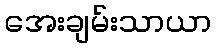
အေးချမ်းသာယာ